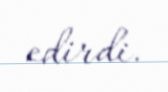
edirdi.